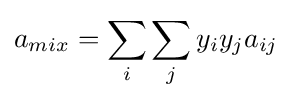
a_{mix}=\sum _{i}\sum _{j}y_{i}y_{j}a_{ij}